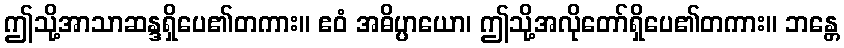
ဤသို့အာသာဆန္ဒရှိပေ၏တကား။ ဧဝံ အဓိပ္ပာယော၊ ဤသို့အလိုတော်ရှိပေ၏တကား။ ဘန္တေ